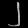
Digit: ၂